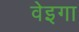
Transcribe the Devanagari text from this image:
वेइगा